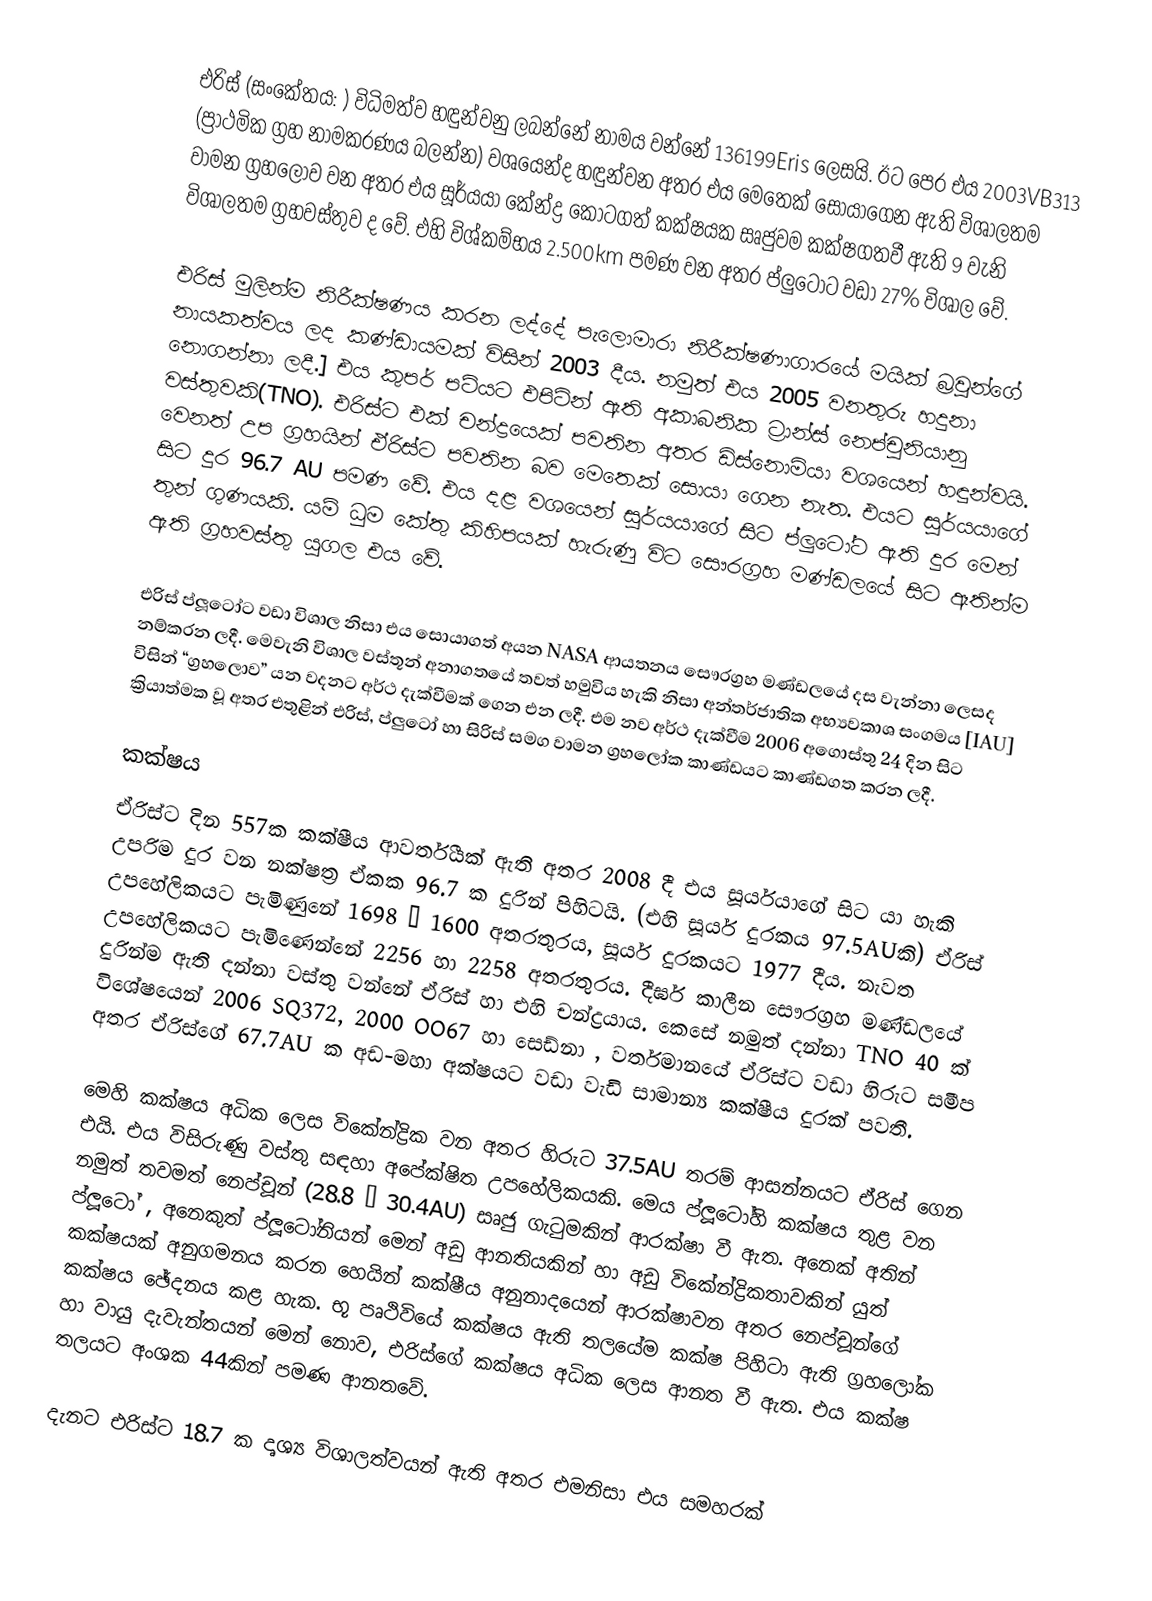
එරිස් (සංකේතය: ) විධිමත්ව හඳුන්වනු ලබන්නේ නාමය වන්නේ 136199Eris ලෙසයි. ඊට පෙර එය 2003VB313 (ප්‍රාථමික ග්‍රහ නාමකරණය බලන්න) වශයෙන්ද හඳුන්වන අතර එය මෙතෙක් සොයාගෙන ඇති විශාලතම වාමන ග්‍රහලොව වන අතර එය සූර්යයා කේන්ද්‍ර කොටගත් කක්ෂයක සෘජුවම කක්ෂගතවී ඇති 9 වැනි විශාලතම ග්‍රහවස්තුව ද වේ. එහි විශ්කම්භය 2.500km පමණ වන අතර ප්ලුටෝට වඩා 27% විශාල වේ.

එරිස් මුලින්ම නිරීක්ෂණය කරන ලද්දේ පැලොමාරා නිරීක්ෂණාගාරයේ මයික් බ්‍රවුන්ගේ නායකත්වය ලද කණ්ඩායමක් විසින් 2003 දීය. නමුත් එය 2005 වනතුරු හදුනා නොගන්නා ලදී.] එය කුපර් පටියට එපිටින් ඇති අකාබනික ට්‍රාන්ස් නෙප්චූනියානු වස්තුවකි(TNO). එරිස්ට එක් චන්ද්‍රයෙක් පවතින අතර ඩිස්නොමියා වශයෙන් හඳුන්වයි. වෙනත් උප ග්‍රහයින් ඒරිස්ට පවතින බව මෙතෙක් සොයා ගෙන නැත. එයට සූර්යයාගේ සිට දුර 96.7 AU පමණ වේ. එය දළ වශයෙන් සූර්යයාගේ සිට ප්ලුටෝට ඇති දුර මෙන් තුන් ගුණයකි. යම් ධුම කේතු කිහිපයක් හැරුණු විට සෞරග්‍රහ මණ්ඩලයේ සිට ඈතින්ම ඇති ග්‍රහවස්තු‍ යුගල එය වේ.

එරිස් ප්ලූටෝට වඩා විශාල නිසා එය සොයාගත් අයන NASA ආයතනය සෞරග්‍රහ මණ්ඩලයේ දස වැන්නා ලෙසද නම්කරන ලදී. මෙවැනි විශාල වස්තූන් අනාගතයේ තවත් හමුවිය හැකි නිසා අන්තර්ජාතික අභ්‍යවකාශ සංගමය [IAU] විසින් “ග්‍රහලොව” යන වදනට අර්ථ දැක්වීමක් ගෙන එන ලදී. එම නව අර්ථ දැක්වීම 2006 අගොස්තු 24 දින සිට ක්‍රියාත්මක වූ අතර එතුළින් එරිස්, ප්ලුටෝ හා සිරිස් සමග වාමන ග්‍රහලෝක කාණ්ඩයට කාණ්ඩගත කරන ලදී.

කක්ෂය
ඒරිස්ට දින 557ක කක්ෂීය ආවර්තීයක් ඇති අතර 2008 දී එය සූර්යයාගේ සිට යා හැකි උපරිම දුර වන නක්ෂත්‍ර ඒකක 96.7 ක දුරින් පිහිටයි. (එහි සූර්ය දුරකය 97.5AUකි) ඒරිස් උප‍හේලිකයට පැමිණුනේ 1698 – 1600 අතරතුරය, සූර්ය දුරකයට 1977 දීය. නැවත උපහේලිකයට පැමිණෙන්නේ 2256 හා 2258 අතරතුරය. දීර්ඝ කාලීන සෞරග්‍රහ මණ්ඩලයේ දුරින්ම ඇති දන්නා වස්තු වන්නේ ඒරිස් හා එහි චන්ද්‍රයාය. කෙසේ නමුත් දන්නා TNO 40 ක් විශේෂයෙන් 2006 SQ372, 2000 OO67 හා සෙඩ්නා , වර්තමානයේ ඒරිස්ට වඩා හිරුට සමීප අතර ඒරිස්ගේ 67.7AU ක අඩ-මහා අක්ෂයට වඩා වැඩි සාමාන්‍ය කක්ෂීය දුරක් පවතී.

මෙහි කක්ෂය අධික ලෙස විකේන්ද්‍රික වන අතර හිරුට 37.5AU තරම් ආසන්නයට ඒරිස් ගෙන එයි. එය විසිරුණු වස්තු සඳහා අපේක්ෂිත උපහේලිකයකි. මෙය ප්ලූටෝහි කක්ෂය ‍තුළ වන නමුත් තවමත් නෙප්චූන් (28.8 – 30.4AU) සෘජු ගැටුමකින් ආරක්ෂා වී ඇත. අනෙක් අතින් ප්ලූටෝ , අනෙකුත් ප්ලූටෝනියන් මෙන් අඩු ආනතියකින් හා අඩු විකේන්ද්‍රිකතාවකින් යුත් කක්ෂයක් අනුගමනය කරන හෙයින් කක්ෂීය අනුනාදයෙන් ආරක්ෂාවන අතර නෙප්චූන්ගේ කක්ෂය ඡේදනය කළ හැක. භූ පෘථිවියේ කක්ෂය ඇති තලයේම කක්ෂ පිහිටා ඇති ග්‍රහලෝක හා වායු දැවැන්තයන් මෙන් ‍නොව, එරිස්ගේ කක්ෂය අධික ලෙස ආනත වී ඇත. එය කක්ෂ තලයට අංශක 44කින් පමණ ආනතවේ.

දැනට එරිස්ට 18.7 ක දෘශ්‍ය විශාලත්වයන් ඇති අතර එමනිසා එය සමහරක්